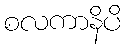
စလကာနိပိ